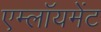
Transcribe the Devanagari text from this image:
एम्लॉयमेंट